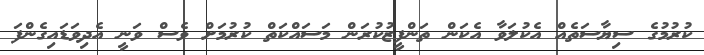
ކުރުމުގެ ސިޔާސަތެއް އެކުލަވާ އެކަން ތަންފީޒުކުރަން މަސައްކަތް ކުރުމަށް ވެސް ވަނީ އެދިވަޑައިގެންފަ